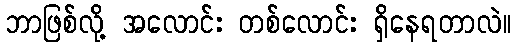
ဘာဖြစ်လို့ အလောင်း တစ်လောင်း ရှိနေရတာလဲ။